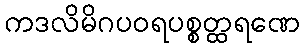
ကဒလိမိဂပဝရပစ္စတ္ထရဏေ